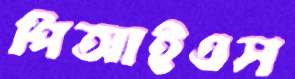
পিআইএস